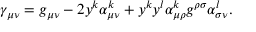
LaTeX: \gamma _ { \mu \nu } = g _ { \mu \nu } - 2 y ^ { k } \alpha _ { \mu \nu } ^ { k } + y ^ { k } y ^ { l } \alpha _ { \mu \rho } ^ { k } g ^ { \rho \sigma } \alpha _ { \sigma \nu } ^ { l } .